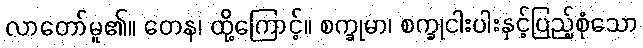
လာတော်မူ၏။ တေန၊ ထို့ကြောင့်။ စက္ခုမာ၊ စက္ခုငါးပါးနှင့်ပြည့်စုံသော